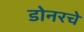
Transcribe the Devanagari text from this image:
डोनरचे